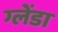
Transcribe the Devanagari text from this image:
ग्लेंडा